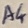
Text: A4